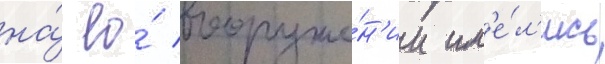
на́ ео́ вооруже́н'ии им'е́л'ись